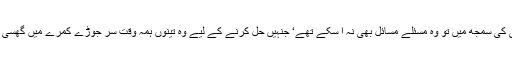
اور اماں بی کی سمجھ میں تو وہ مسئلے مسائل بھی نہ آ سکے تھے‘ جنہیں حل کرنے کے لیے وہ تینوں ہمہ وقت سر جوڑے کمرے میں گھسی رہتی تھیں۔